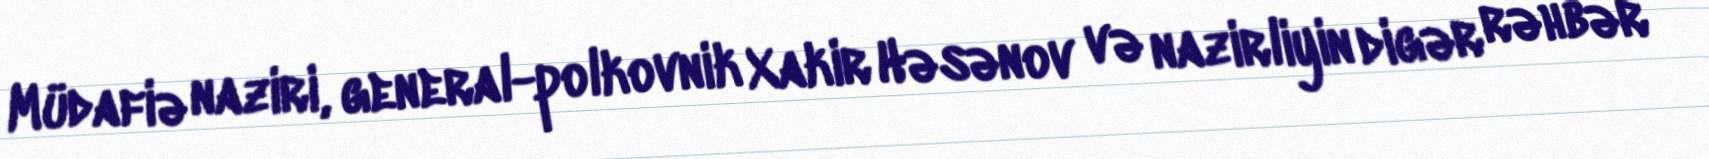
Müdafiə naziri, general-polkovnik Xakir Həsənov və nazirliyin digər rəhbər